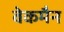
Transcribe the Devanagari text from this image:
वेकमैन